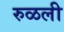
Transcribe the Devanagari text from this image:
रुळली